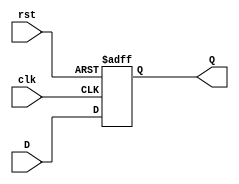
module d_ff(
    input D,
    input clk,
    input rst,
    output reg Q
);

always @(posedge clk or posedge rst) begin
    if (rst) begin
        Q <= 1'b0; // reset the flip-flop on reset signal
    end else begin
        Q <= D; // load input data on rising edge of clock
    end
end

endmodule